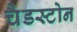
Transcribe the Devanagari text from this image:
चैडस्टोन